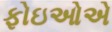
ફોઇઓએ